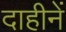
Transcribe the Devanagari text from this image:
दाहीनें